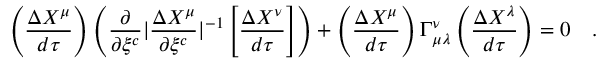
\left( { \frac { \Delta X ^ { \mu } } { d \tau } } \right) \left( { \frac { \partial } { \partial \xi ^ { c } } } | { \frac { \Delta X ^ { \mu } } { \partial \xi ^ { c } } } | ^ { - 1 } \left[ { \frac { \Delta X ^ { \nu } } { d \tau } } \right] \right) + \left( { \frac { \Delta X ^ { \mu } } { d \tau } } \right) \Gamma _ { \mu \lambda } ^ { \nu } \left( { \frac { \Delta X ^ { \lambda } } { d \tau } } \right) = 0 \quad .